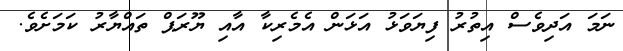
ނަމަ އަދިވެސް އިތުރު ފިޔަވަޅު އަަޅަން އެމެރިކާ އާއި ޔޫރަޕް ތައްޔާރު ކަމަށެވެ.